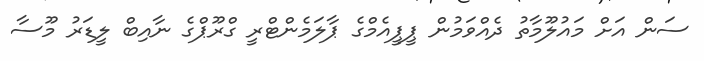
ސަން އަށް މައުލޫމާތު ދެއްވަމުން ޕީޕީއެމްގެ ޕާލަމެންޓްރީ ގްރޫޕްގެ ނާއިބް ލީޑަރު މޫސާ